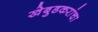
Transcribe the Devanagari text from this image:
खेबुडकरांचा